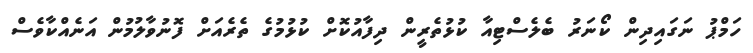
ހަމްޕު ނަގައިދިން ކޯނަރު ބެލެސްޓިއާ ކުޅުތެރީން ދިފާއުކޮށް ކުޅުމުގެ ތެރެއަށް ފޮނުވާލުމުން އަނެއްކާވެސް